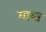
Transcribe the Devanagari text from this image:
गाय्त